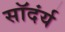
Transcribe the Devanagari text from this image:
सॉदंर्य